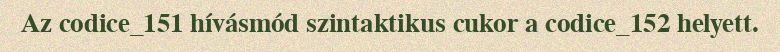
Az codice_151 hívásmód szintaktikus cukor a codice_152 helyett.